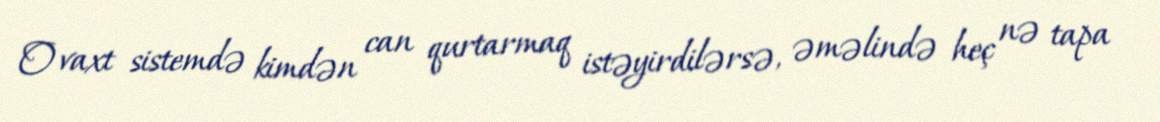
O vaxt sistemdə kimdən can qurtarmaq istəyirdilərsə, əməlində heç nə tapa